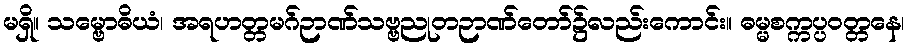
မရှိ။ သမ္ဗောဓိယံ၊ အရဟတ္တမဂ်ဉာဏ်သဗ္ဗညုတဉာဏ်တော်၌လည်းကောင်း။ ဓမ္မစက္ကပ္ပဝတ္တနေ၊